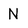
Character: N